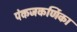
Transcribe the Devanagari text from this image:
पंकजकर्णिका